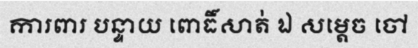
ការពារ បន្ទាយ ពោធិ៍សាត់ ឯ សម្តេច ចៅ